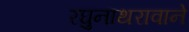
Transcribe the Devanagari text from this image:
रघुनाथरावाने